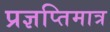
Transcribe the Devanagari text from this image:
प्रज्ञप्तिमात्र